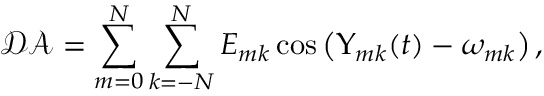
\mathcal { D A } = \sum _ { m = 0 } ^ { N } \sum _ { k = - N } ^ { N } E _ { m k } \cos \left( \Upsilon _ { m k } ( t ) - \omega _ { m k } \right) ,